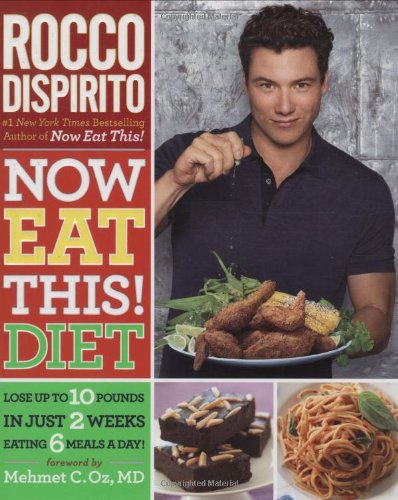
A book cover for Now Eat This! Diet: Lose Up to 10 Pounds in Just 2 Weeks Eating 6 Meals a Day!; Rocco DiSpirito; Health, Fitness & Dieting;